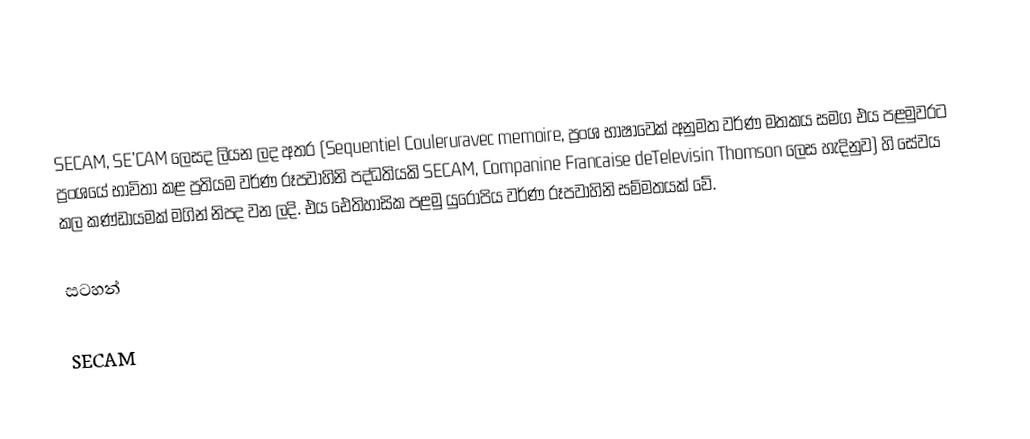
SECAM, SE'CAM ලෙසද ලියන ලද අතර  (Sequentiel Couleruravec memoire, ප්‍රංශ භාෂාවෙක් අනුමත වර්ණ මතකය සමග එය පළමුවරට ප්‍රංශයේ භාවිතා කළ ප්‍රතියම වර්ණ රූපවාහිනි පද්ධතියකි  SECAM,  Companine Francaise deTelevisin Thomson ලෙස හැදිනුව) හි සේවය කල කණ්ඩායමක් මගින් නිපද වන ලදි. එය ඓතිහාසික පළමු යුරෝපිය වර්ණ රූපවාහිනි සම්මතයක් වේ.

සටහන්‍

SECAM